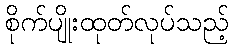
စိုက်ပျိုးထုတ်လုပ်သည့်